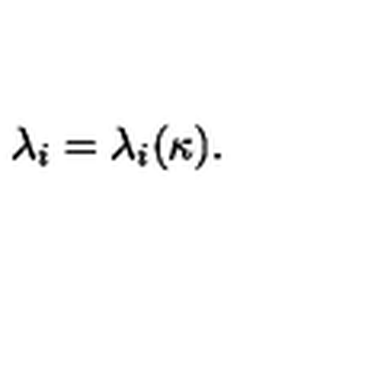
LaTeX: \lambda _ { i } = \lambda _ { i } ( \kappa ) .